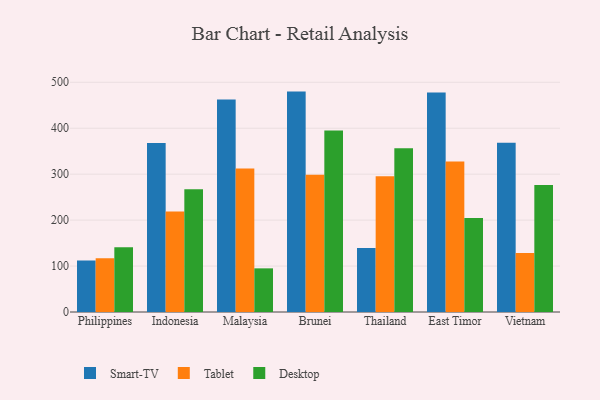
{"axis": {"x": "Country", "y": "Backlog"}, "legend": ["Desktop", "Smart-TV", "Tablet"], "data": [{"x": "Philippines", "y": 111.9, "type": "Smart-TV"}, {"x": "Philippines", "y": 116.9, "type": "Tablet"}, {"x": "Philippines", "y": 140.8, "type": "Desktop"}, {"x": "Indonesia", "y": 367.9, "type": "Smart-TV"}, {"x": "Indonesia", "y": 218.5, "type": "Tablet"}, {"x": "Indonesia", "y": 267.2, "type": "Desktop"}, {"x": "Malaysia", "y": 462.4, "type": "Smart-TV"}, {"x": "Malaysia", "y": 312.1, "type": "Tablet"}, {"x": "Malaysia", "y": 95.0, "type": "Desktop"}, {"x": "Brunei", "y": 479.7, "type": "Smart-TV"}, {"x": "Brunei", "y": 298.6, "type": "Tablet"}, {"x": "Brunei", "y": 394.9, "type": "Desktop"}, {"x": "Thailand", "y": 139.1, "type": "Smart-TV"}, {"x": "Thailand", "y": 295.2, "type": "Tablet"}, {"x": "Thailand", "y": 356.4, "type": "Desktop"}, {"x": "East Timor", "y": 477.7, "type": "Smart-TV"}, {"x": "East Timor", "y": 327.5, "type": "Tablet"}, {"x": "East Timor", "y": 204.5, "type": "Desktop"}, {"x": "Vietnam", "y": 368.3, "type": "Smart-TV"}, {"x": "Vietnam", "y": 128.3, "type": "Tablet"}, {"x": "Vietnam", "y": 276.4, "type": "Desktop"}]}